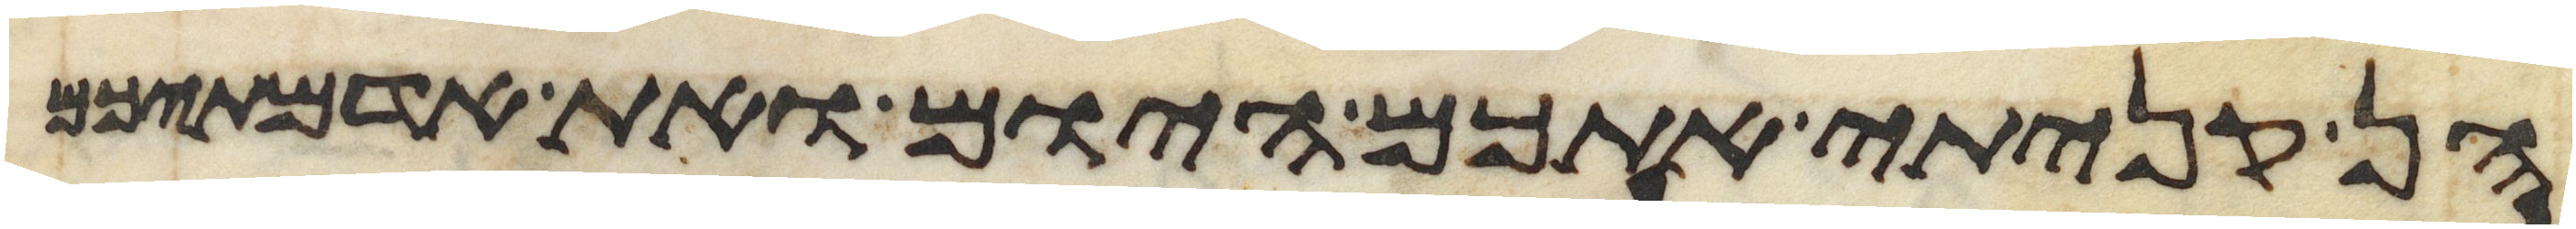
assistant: הן קניתי אתכם היום ואת אדמתיכם